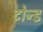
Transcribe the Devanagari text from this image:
टोन्ड